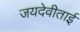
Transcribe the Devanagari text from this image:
जयदेवीताई